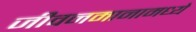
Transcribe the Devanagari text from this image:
जीवनमानामध्ये